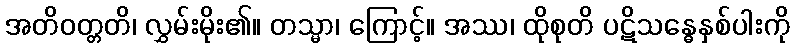
အတိဝတ္တတိ၊ လွှမ်းမိုး၏။ တသ္မာ၊ ကြောင့်။ အဿ၊ ထိုစုတိ ပဋိသန္ဓေနှစ်ပါးကို